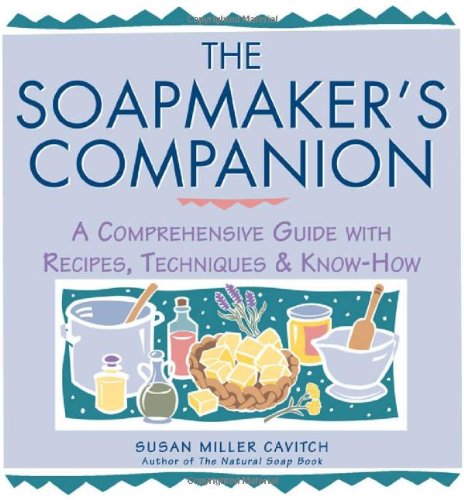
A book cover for The Soapmaker's Companion: A Comprehensive Guide with Recipes, Techniques & Know-How (Natural Body Series - The Natural Way to Enhance Your Life); Susan Miller Cavitch; Crafts, Hobbies & Home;